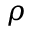
\rho